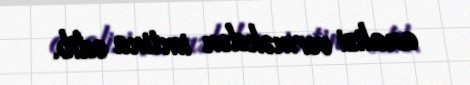
analizi verməkdən imtina edib.